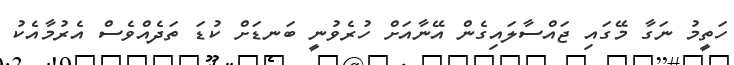
ހަތީމު ނަގާ މޭގައި ޖައްސާލައިގެން އޭނާއަށް ހުރެވުނީީ ބަނޑަށް ކުޑަ ތަދެއްވެސް އެރުމާއެކު